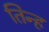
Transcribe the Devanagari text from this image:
तिन्ह